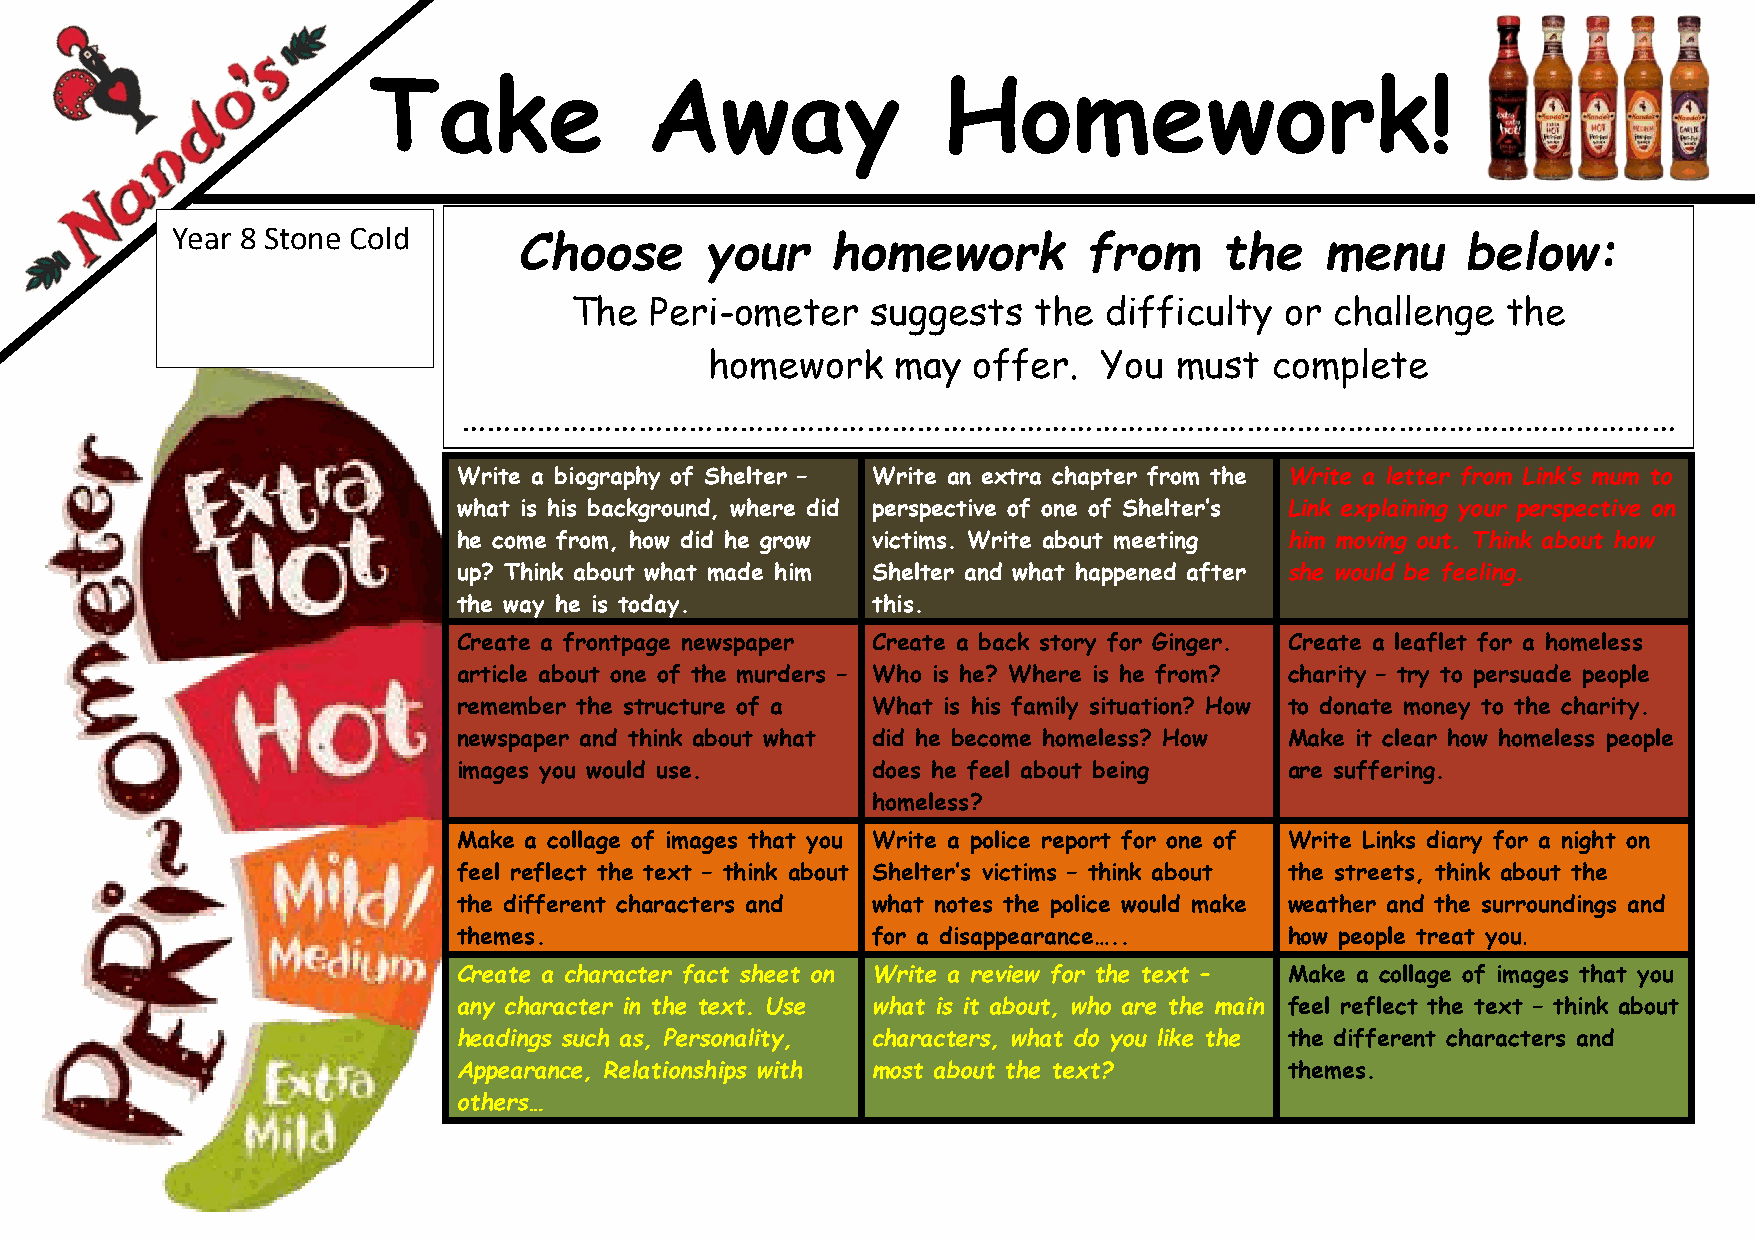
Unit 2A TKYHOMEWORKT Germaany Yekar 11se Away       Homework!
 Year 8 Stone Cold
 Choose       your    homework         from     the    menu     below:
 The  Peri-ometer    suggests  the  difficulty  or challenge   the
 homework    may  offer.   You  must  complete
 ………………………………………………………………………………………………………………………………
 Write a biography of Shelter – Write an extra chapter from the Write a letter from Link’s mum to
 what is his background, where did perspective of one of Shelter’s Link explaining your perspective on
 he come from, how did he grow victims. Write about meeting him moving out. Think about how
 up? Think about what made him Shelter and what happened after she would be feeling.
 the way he is today.        this.
 Create a frontpage newspaper Create a back story for Ginger. Create a leaflet for a homeless
 article about one of the murders – Who is he? Where is he from? charity – try to persuade people
 remember the structure of a What is his family situation? How to donate money to the charity.
 newspaper and think about what did he become homeless? How Make it clear how homeless people
 images you would use.       does he feel about being   are suffering.
 homeless?
 Make a collage of images that you Write a police report for one of Write Links diary for a night on
 feel reflect the text – think about Shelter’s victims – think about the streets, think about the
 the different characters and what notes the police would make weather and the surroundings and
 themes.                     for a disappearance…..     how people treat you.
 Create a character fact sheet on Write a review for the text – Make a collage of images that you
 any character in the text. Use what is it about, who are the main feel reflect the text – think about
 headings such as, Personality, characters, what do you like the the different characters and
 Appearance, Relationships with most about the text?    themes.
 others…